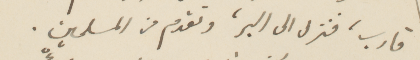
قارب، فنزل الى البر، وتقدم من المسلمين.